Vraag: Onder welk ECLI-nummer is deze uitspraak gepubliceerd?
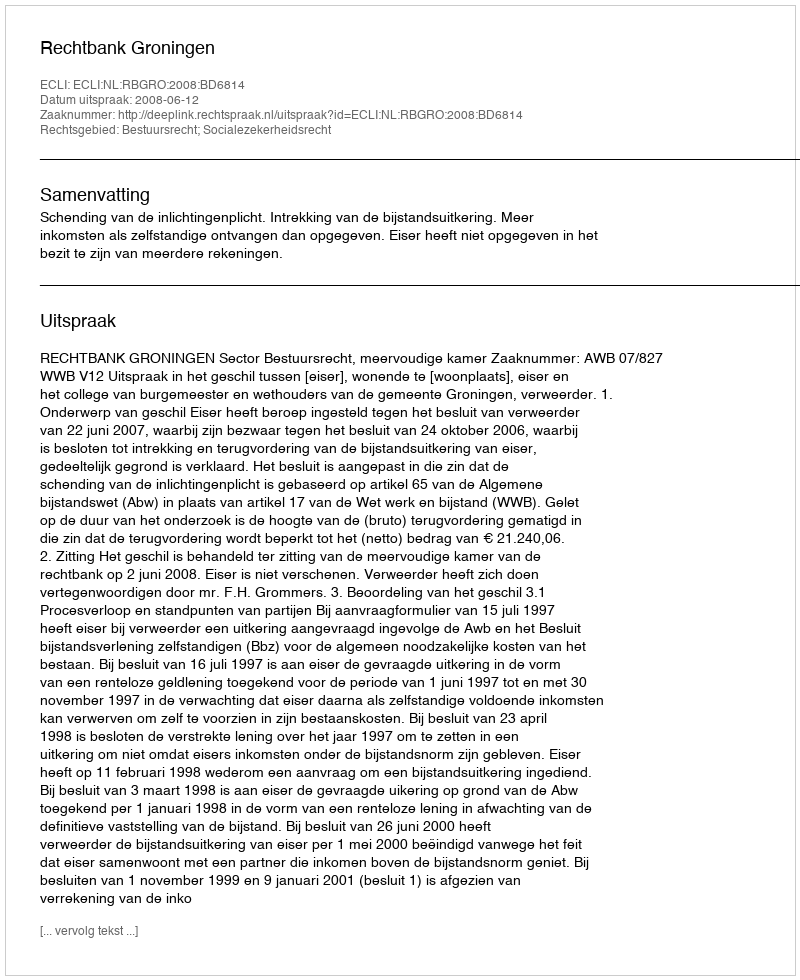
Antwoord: ECLI:NL:RBGRO:2008:BD6814